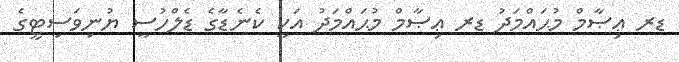
ޑރ ޢިޞާމް މުޙައްމަދު ޑރ ޢިޞާމް މުޙައްމަދު އަކީ ކެނެޑާގެ ޑެލްހުސީ ޔުނިވަސިޓީގެ